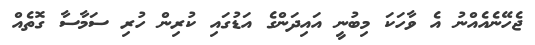
ޖެހޭނެއެއްނު އެ ވާހަކަ މިބުނީ އައިދަންގެ އަޑުގައި ކުރިން ހުރި ސަމާސާ ގޮތެއް